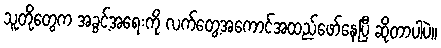
သူတို့တွေက အခွင့်အရေးကို လက်တွေ့အကောင်အထည်ဖော်နေပြီ ဆိုတာပါပဲ။